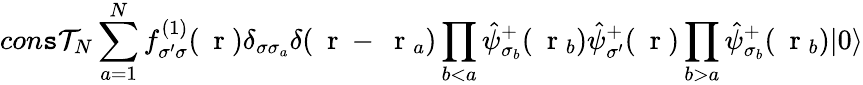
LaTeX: con\mathtt{s}\mathcal{T}_{N}\sum_{a=1}^{N}f_{\sigma^{\prime}\sigma}^{(1)}(\mathrm{{~\mathbf{~}r~}})\delta_{\sigma\sigma_{a}}\delta(\mathrm{{~\mathbf{~}r~}}-\mathrm{{~\mathbf{~}r~}}_{a})\prod_{b<a}\hat{{\psi}}_{\sigma_{b}}^{+}(\mathrm{{~\mathbf{~}r~}}_{b})\hat{{\psi}}_{\sigma^{\prime}}^{+}(\mathrm{{~\mathbf{~}r~}})\prod_{b>a}\hat{{\psi}}_{\sigma_{b}}^{+}(\mathrm{{~\mathbf{~}r~}}_{b})|0\rangle